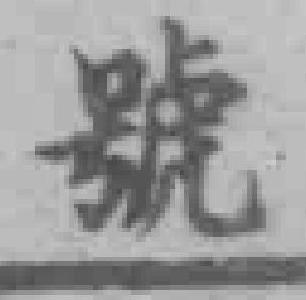
號